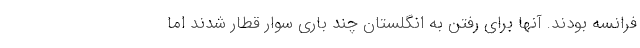
فرانسه بودند. آنها برای رفتن به انگلستان چند باری سوار قطار شدند اما